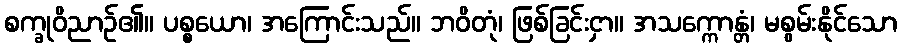
စက္ခုဝိညာဉ်၏။ ပစ္စယော၊ အကြောင်းသည်။ ဘဝိတုံ၊ ဖြစ်ခြင်းငှာ။ အသက္ကောန္တံ၊ မစွမ်းနိုင်သော